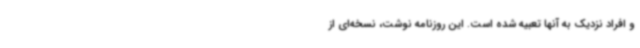
و افراد نزدیک به آنها تعبیه شده است. این روزنامه نوشت، نسخه‌ای از